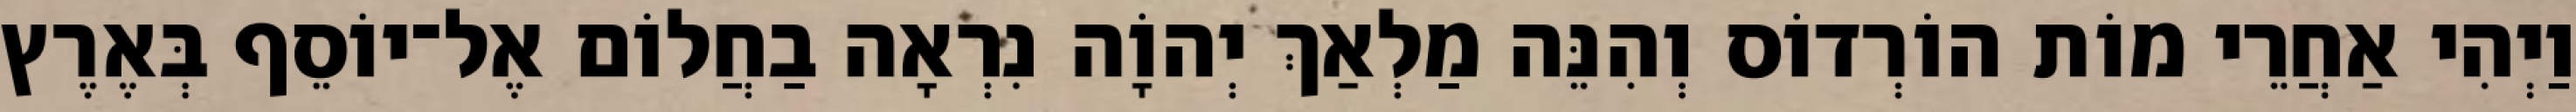
וַיְהִי אַחֲרֵי מוֹת הוֹרְדוֹס וְהִנֵּה מַלְאַךְ יְהוָֹה נִרְאָה בַחֲלוֹם אֶל־יוֹסֵף בְּאֶרֶץ